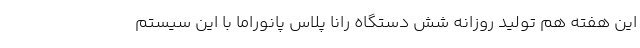
این هفته هم تولید روزانه شش دستگاه رانا پلاس پانوراما با این سیستم